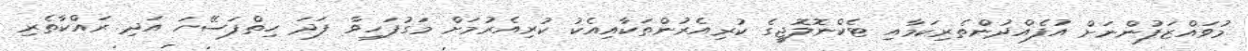
މުވައްޒަފުންނަށް އުފެއްދުންތެރިކަމާއި ޓެކްނޮލޮޖީގެ ކުރިއެރުންތަކާއިއެކު ކުރިއެރުމަށް މަގުފަހިވާ ފަދަ ހިތްފަސޭހަ އަދި ރައްކާތެރި